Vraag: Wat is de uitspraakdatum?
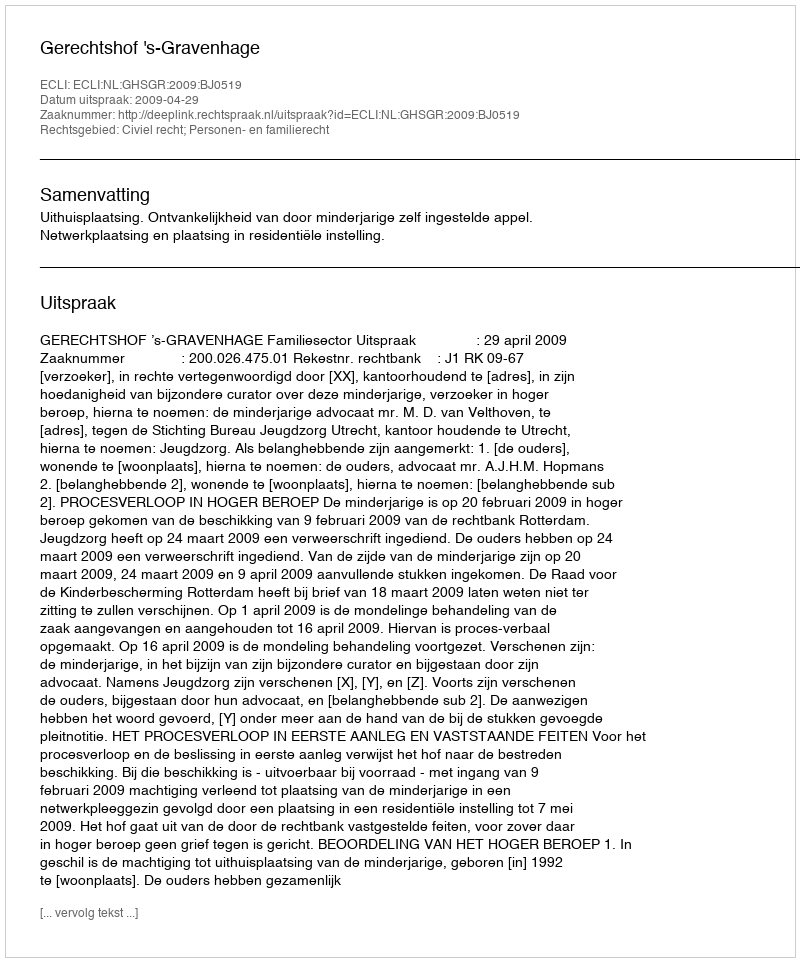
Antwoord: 2009-04-29